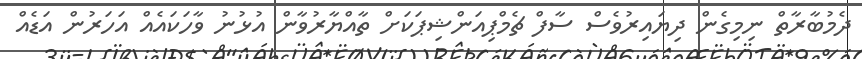
ދެމުބާރާތް ނިމިގެން ދިޔައިރުވެސް ސާފް ޗެމްޕިއަންޝިޕަކަށް ތާއްޔާރުވާން އުޅުނު ވާހަކައެއް އަހަރުން އަޑެއް